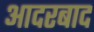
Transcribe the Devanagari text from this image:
आदरबाद